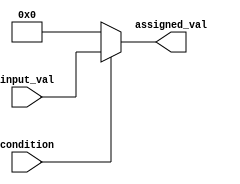
module conditional_assignment
(
    input condition,
    input [3:0] input_val,
    output reg [3:0] assigned_val
);

always @*
begin
    if (condition)
        assigned_val = input_val;
    else
        assigned_val = 4'b0000;
end

endmodule